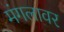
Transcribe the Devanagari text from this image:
मंगलावर